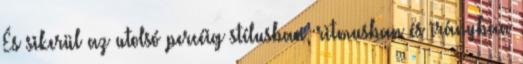
És sikerül az utolsó percéig stílusban, ritmusban és irányban